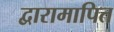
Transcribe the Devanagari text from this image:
द्वारामापित